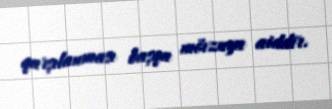
qarşılanması başqa mövzuya aiddir.